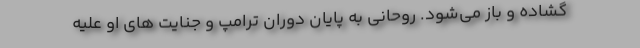
گشاده و باز می‌شود. روحانی به پایان دوران ترامپ و جنایت های او علیه